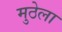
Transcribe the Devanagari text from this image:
मुठेला